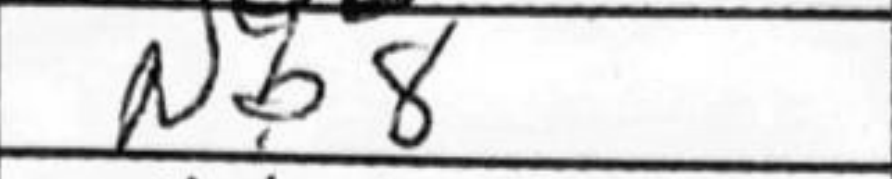
Transcription: Nb8